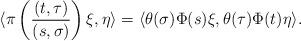
LaTeX: \begin{align*}\langle \pi \left( \frac{(t,\tau)}{(s,\sigma)} \right) \xi , \eta \rangle = \langle \theta(\sigma)\Phi(s) \xi , \theta(\tau) \Phi(t) \eta \rangle.\end{align*}